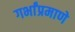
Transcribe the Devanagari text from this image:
गर्भांप्रमाणे